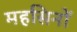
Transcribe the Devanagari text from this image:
महसिनों